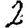
Digit: 2